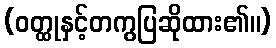
(ဝတ္ထုနှင့်တကွပြဆိုထား၏။)